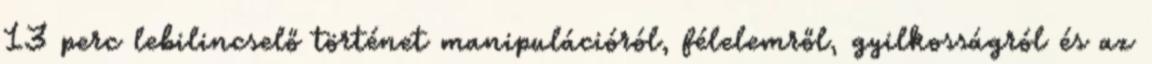
13 perc lebilincselő történet manipulációról, félelemről, gyilkosságról és az